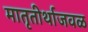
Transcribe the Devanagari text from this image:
मातृतीर्थाजवळ